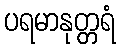
ပရမာနုတ္တရံ